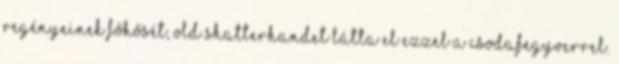
regényeinek főhősét, Old Shatterhandet látta el ezzel a csodafegyverrel.